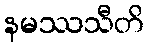
နမဿသီတိ